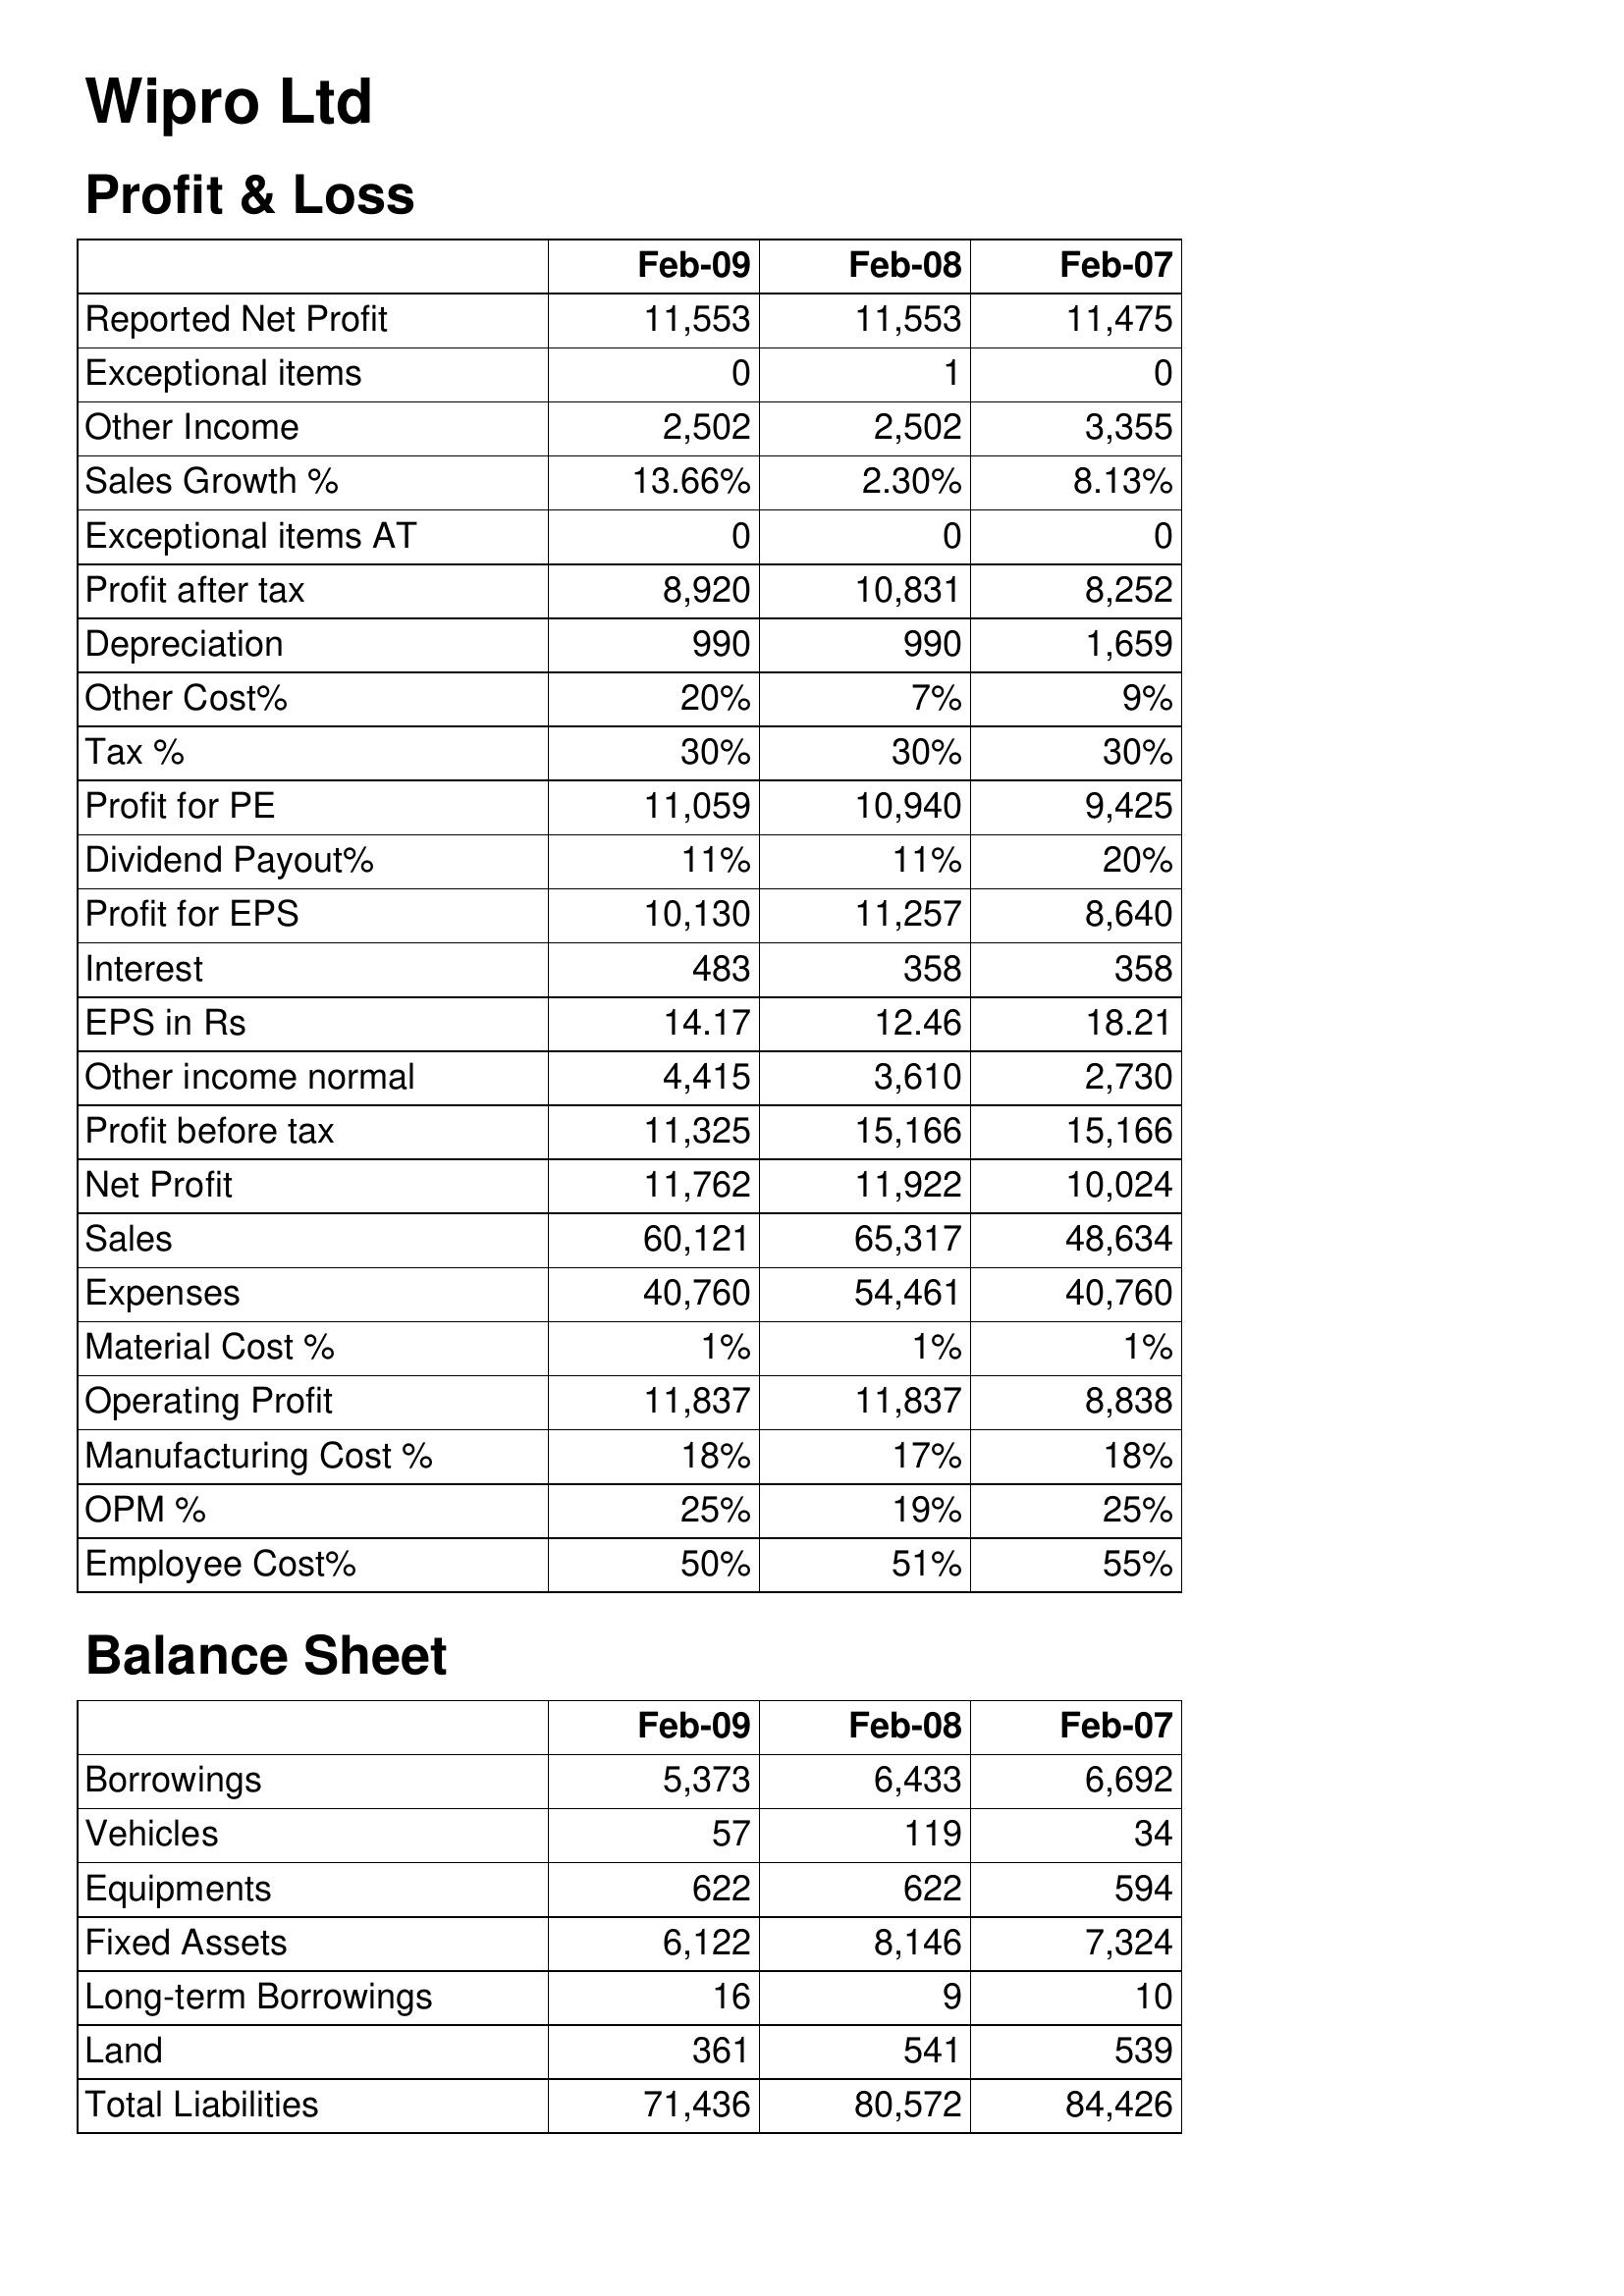
Feb-09: Profit & Loss: Reported Net Profit: 11,553
Exceptional items: 0
Other Income: 2,502
Sales Growth %: 13.66%
Exceptional items AT: 0
Profit after tax: 8,920
Depreciation: 990
Other Cost%: 20%
Tax %: 30%
Profit for PE: 11,059
Dividend Payout%: 11%
Profit for EPS: 10,130
Interest: 483
EPS in Rs: 14.17
Other income normal: 4,415
Profit before tax: 11,325
Net Profit: 11,762
Sales: 60,121
Expenses: 40,760
Material Cost %: 1%
Operating Profit: 11,837
Manufacturing Cost %: 18%
OPM %: 25%
Employee Cost%: 50%
Balance Sheet: Borrowings: 5,373
Vehicles: 57
Equipments: 622
Fixed Assets: 6,122
Long-term Borrowings: 16
Land: 361
Total Liabilities: 71,436
Feb-08: Profit & Loss: Reported Net Profit: 11,553
Exceptional items: 1
Other Income: 2,502
Sales Growth %: 2.30%
Exceptional items AT: 0
Profit after tax: 10,831
Depreciation: 990
Other Cost%: 7%
Tax %: 30%
Profit for PE: 10,940
Dividend Payout%: 11%
Profit for EPS: 11,257
Interest: 358
EPS in Rs: 12.46
Other income normal: 3,610
Profit before tax: 15,166
Net Profit: 11,922
Sales: 65,317
Expenses: 54,461
Material Cost %: 1%
Operating Profit: 11,837
Manufacturing Cost %: 17%
OPM %: 19%
Employee Cost%: 51%
Balance Sheet: Borrowings: 6,433
Vehicles: 119
Equipments: 622
Fixed Assets: 8,146
Long-term Borrowings: 9
Land: 541
Total Liabilities: 80,572
Feb-07: Profit & Loss: Reported Net Profit: 11,475
Exceptional items: 0
Other Income: 3,355
Sales Growth %: 8.13%
Exceptional items AT: 0
Profit after tax: 8,252
Depreciation: 1,659
Other Cost%: 9%
Tax %: 30%
Profit for PE: 9,425
Dividend Payout%: 20%
Profit for EPS: 8,640
Interest: 358
EPS in Rs: 18.21
Other income normal: 2,730
Profit before tax: 15,166
Net Profit: 10,024
Sales: 48,634
Expenses: 40,760
Material Cost %: 1%
Operating Profit: 8,838
Manufacturing Cost %: 18%
OPM %: 25%
Employee Cost%: 55%
Balance Sheet: Borrowings: 6,692
Vehicles: 34
Equipments: 594
Fixed Assets: 7,324
Long-term Borrowings: 10
Land: 539
Total Liabilities: 84,426